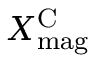
X _ { \mathrm { m a g } } ^ { \mathrm { C } }